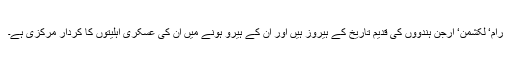
رام‘ لکشمن‘ ارجن ہندووں کی قدیم تاریخ کے ہیروز ہیں اور ان کے ہیرو ہونے میں ان کی عسکری اہلیتوں کا کردار مرکزی ہے۔